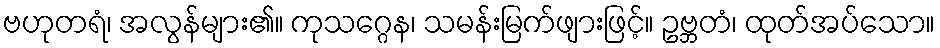
ဗဟုတရံ၊ အလွန်များ၏။ ကုသဂ္ဂေန၊ သမန်းမြက်ဖျားဖြင့်။ ဥဗ္ဘတံ၊ ထုတ်အပ်သော။